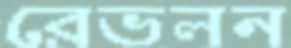
রেভলন